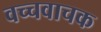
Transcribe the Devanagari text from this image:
वच्चवाचक